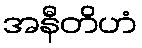
အနီတိဟံ